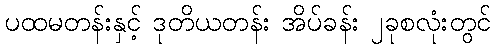
ပထမတန်းနှင့် ဒုတိယတန်း အိပ်ခန်း ၂ခုစလုံးတွင်